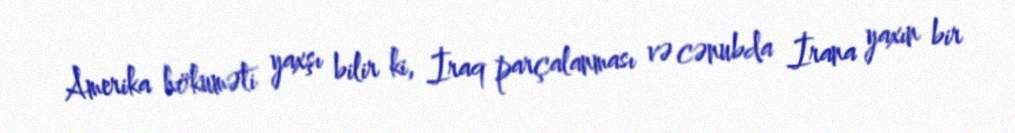
Amerika hökuməti yaxşı bilir ki, İraq parçalanması və cənubda İrana yaxın bir